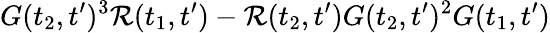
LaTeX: G(t_{2},t^{\prime})^{3}\mathcal{R}(t_{1},t^{\prime})-\mathcal{R}(t_{2},t^{\prime})G(t_{2},t^{\prime})^{2}G(t_{1},t^{\prime})